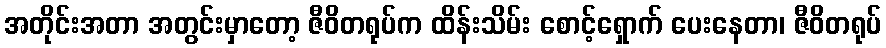
အတိုင်းအတာ အတွင်းမှာတော့ ဇီဝိတရုပ်က ထိန်းသိမ်း စောင့်ရှောက် ပေးနေတာ၊ ဇီဝိတရုပ်